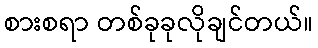
စားစရာ တစ်ခုခုလိုချင်တယ်။